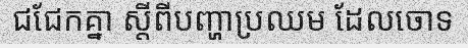
ជជែកគ្នា ស្តីពីបញ្ហាប្រឈម ដែលចោទ